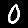
Digit: 0